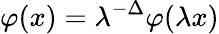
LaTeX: \varphi(x)=\lambda^{-\Delta}\varphi(\lambda x)